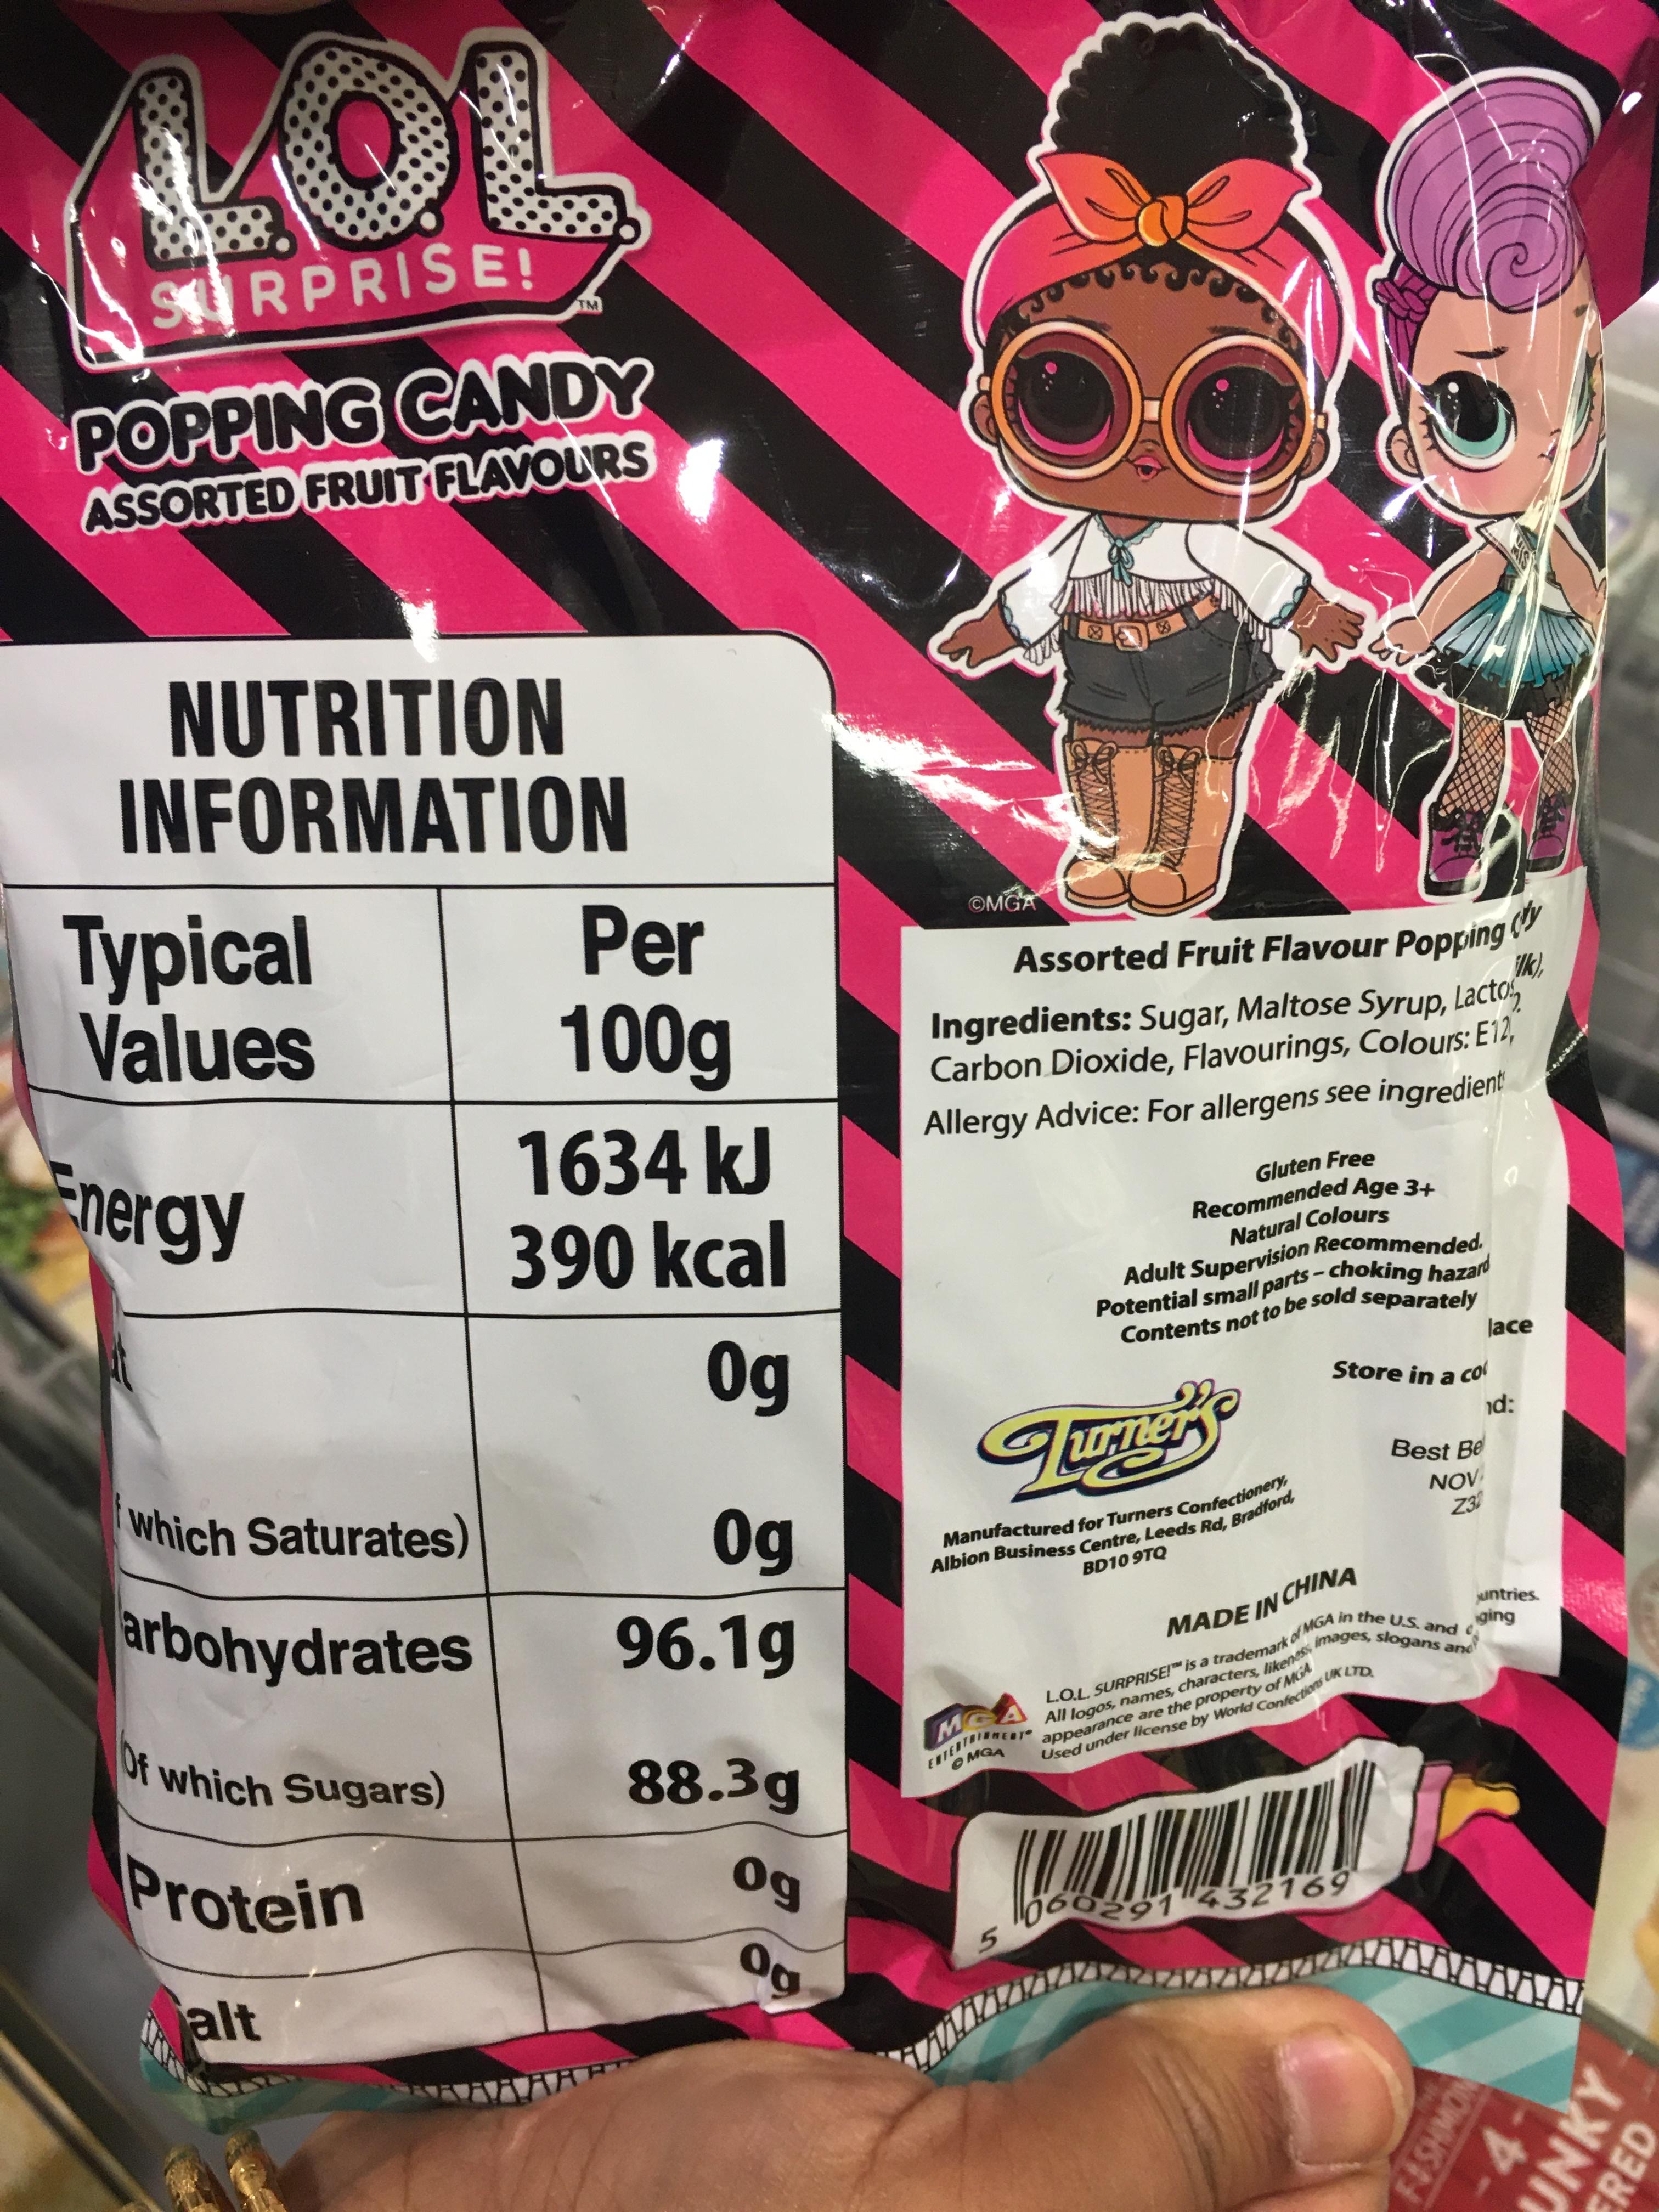
OL
SRPRISE!
TM
POPPING CANDY ASSORTED FRUIT FLAVOURS
NUTRITION INFORMATION
Typical Values
Per
©MGA
100g
Assorted Fruit Flavour Popping " ik), Ingredients: Sugar, Maltose Syrup, Lacto, Carbon Dioxide, Flavourings, Colours: E12,
1634 kJ 390 kcal
Allergy Advice: For allergens see ingredient
Energy
Gluten Free Recommended Age 3+ Natural Colours Adult Supervision Recommended. Potential small parts- choking hazard Contents not to be sold separately
0g
lace
Store in a Col
nd:
which Saturates)
Best Be
Og 96.1g
Manufactured for Turners Confectionery, Albion Business Centre, Leeds Rd, Bradford,
NOV Z30
arbohydrates
BD10 9TQ
untries.
in the U.S. and
of MGA images, slogans and
MADE IN CHINA
iging
Df which Sugars)
L.O.L. SURPRISE! is a trademark All logos, names, characters, likenes appearance are the property of MGA Used under license by World Confections UK LTD
88.3g
M ENTERTRINN O MGA
Protein
0g
060291432169
Og
alt
F&SHMO
4. UNKY
ERED